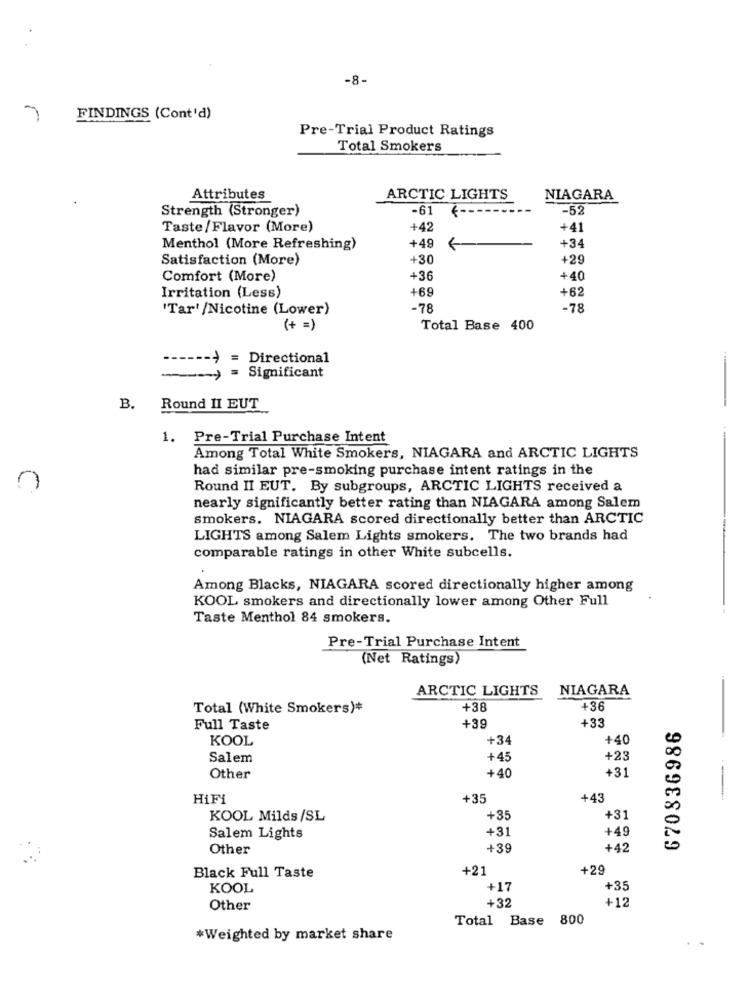
-8-
FINDINGS (Cont'd)
Pre-Trial Product Ratings
Total Smokers
Attributes
ARCTIC LIGHTS
NIAGARA
Strength (Stronger)
-61
-52
Taste /Flavor (More)
+42
+41
+49
Menthol (More Refreshing)
+34
Satisfaction (More)
+30
+29
Comfort (More)
+36
+40
+69
+62
Irritation (Less)
'Tar' /Nicotine (Lower)
-78
-78
(+ =)
Total Base 400
-> = Directional
-> = Significant
B.
Round II EUT
1. Pre-Trial Purchase Intent
Among Total White Smokers, NIAGARA and ARCTIC LIGHTS
had similar pre-smoking purchase intent ratings in the
Round II EUT. By subgroups, ARCTIC LIGHTS received a
nearly significantly better rating than NIAGARA among Salem
smokers. NIAGARA scored directionally better than ARCTIC
LIGHTS among Salem Lights smokers. The two brands had
comparable ratings in other White subcells.
Among Blacks, NIAGARA scored directionally higher among
KOOL smokers and directionally lower among Other Full
Taste Menthol 84 smokers.
Pre-Trial Purchase Intent
(Net Ratings)
ARCTIC LIGHTS
-
NIAGARA
Total (White Smokers)*
+38
+36
+39
+33
Full Taste
670836986
KOOL
+34
+40
Salem
+45
+23
+40
Other
+31
HiFi
+35
+43
KOOL Milds /SL
+35
+31
+31
+49
Salem Lights
Other
+39
+42
+21
+29
Black Full Taste
KOOL
+17
+35
+32
Other
+12
Total Base 800
*Weighted by market share